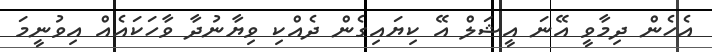
އެހެން ދިމާވީ އޭނަ އީޝަލް އޭ ކިޔައިގެން ދެއްކި ވިޔާނުދާ ވާހަކައެއް އިވުނީމަ